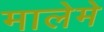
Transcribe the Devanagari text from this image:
मालेमे